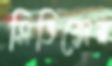
সিভিক্সের